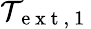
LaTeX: \mathcal{T}_{\mathrm{~e~x~t~,~1~}}